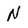
Character: N